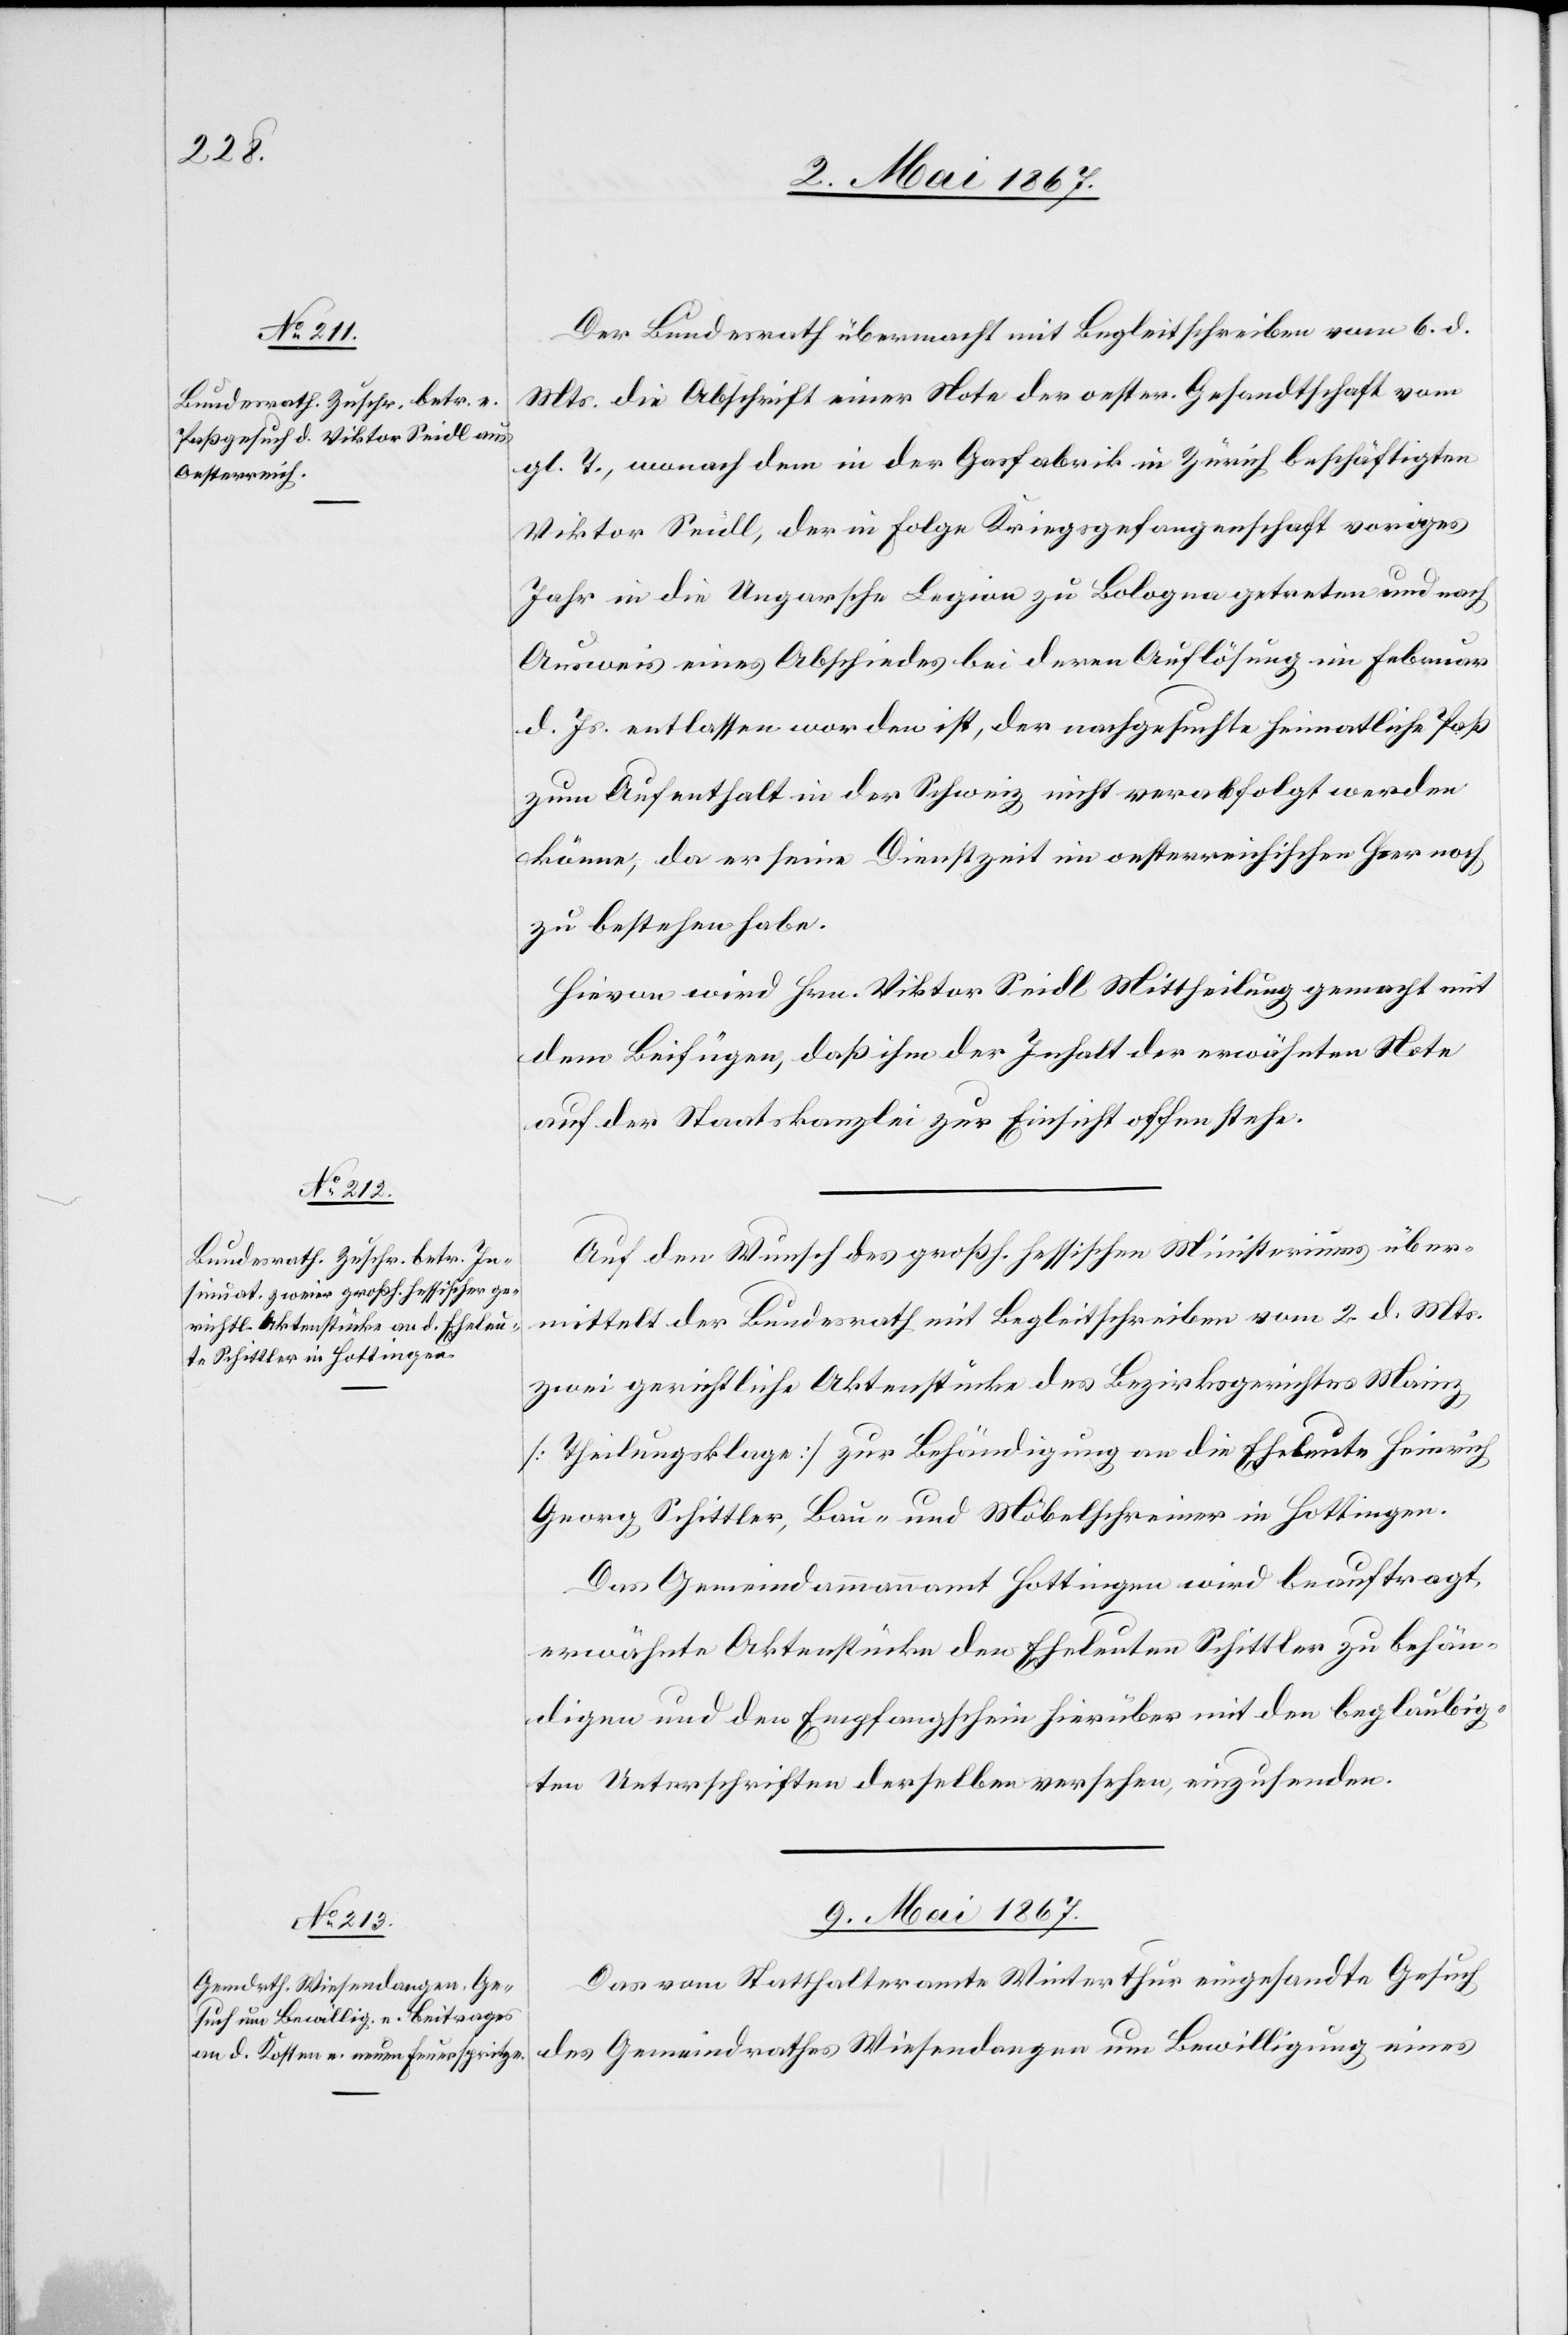
Der Bundesrath übermacht mit Begleitschreiben vom 6. d.
Mts. die Abschrift einer Note der oester. Gesandtschaft vom
gl. T., wonach dem in der Gasfabrik in Zürich beschäftigten
Viktor Seidl, der in Folge Kriegsgefangenschaft voriges
Jahr in die Ungarsche Legion zu Bologna getreten und nach
Ausweis eines Abschiedes bei deren Auflösung im Februar
d. Js. entlassen worden ist, der nachgesuchte heimatliche Paß
zum Aufenthalt in der Schweiz nicht verabfolgt werden
könne, da er seine Dienstzeit im oesterreichischen Heer noch
zu bestehen habe.
Hievon wird Hrn. Viktor Seidl Mittheilung gemacht mit
dem Beifügen, daß ihm der Inhalt der erwähnten Note
auf der Staatskanzlei zur Einsicht offen stehe.
Auf den Wunsch der großh. hessischen Ministeriums über¬
mittelt der Bundesrath mit Begleitschreiben vom 2. d. Mts.
zwei gerichtliche Aktenstücke des Bezirksgerichts Mainz,
[Theilungsklage] zur Behändigung an die Eheleute Heinrich
Georg Schittler, Bau- und Möbelschreiner in Hottingen.
Das Gemeindammannamt Hottingen wird beauftragt,
erwähnte Aktenstücke den Eheleuten Schittler zu behän¬
digen und den Empfangschein hierüber mit den beglaubig¬
ten Unterschriften derselben versehen, einzusenden.
9. Mai 1867.
Das vom Statthalteramte Winterthur eingesandte Gesuch
des Gemeindrathes Wiesendangen um Bewilligung eines